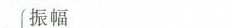
振幅___